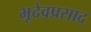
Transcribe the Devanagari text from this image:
भूदेवप्रसाद